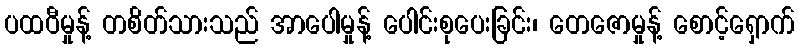
ပထဝီမှုန့် တစိတ်သားသည် အာပေါမှုန့် ပေါင်းစုပေးခြင်း၊ တေဇောမှုန့် စောင့်ရှောက်